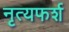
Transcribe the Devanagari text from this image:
नृत्यफर्श